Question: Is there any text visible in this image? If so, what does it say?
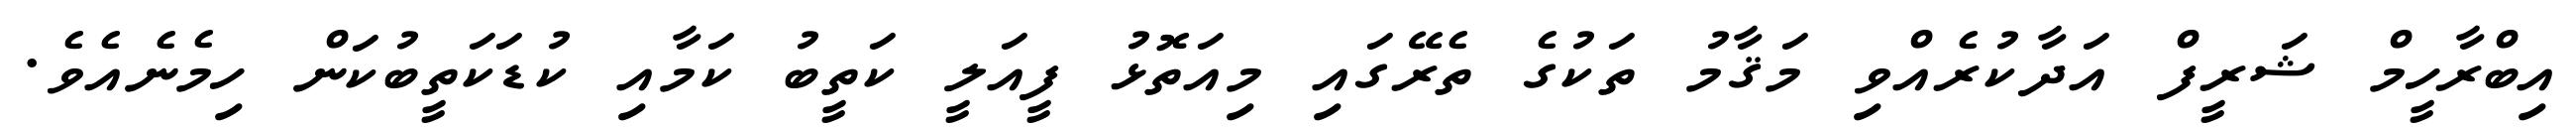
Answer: އިބްރާހީމް ޝަރީފް އަދާކުރެއްވި މަޤާމު ތަކުގެ ތެރޭގައި މިއަތޮޅު ފީއަލީ ކަތީބު ކަމާއި ކުޑަކަތީބުކަން ހިމެނެއެވެ.